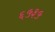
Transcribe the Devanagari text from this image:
६५३५